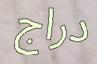
دراج